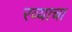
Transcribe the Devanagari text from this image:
रव्याचा